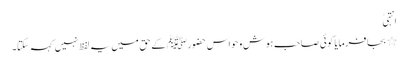
انتہیٰ
٭ بجا فرمایا کوئی صاحب ہوش و حواس حضورﷺ کے حق میں یہ لفظ نہیں کہہ سکتا۔